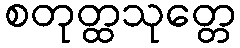
စတုတ္ထသုတ္တေ